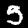
Digit: 5